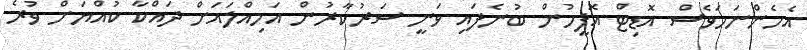
އެހެންނަމަވެސް އޮޑިޓް އޮފީހުން ބުނެފައި ވަނީ ސަރުކާރުން އަމިއްލައަށް ދައްކާ ކުއްޔަށް ވުރެ